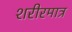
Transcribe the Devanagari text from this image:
शरीरमात्र